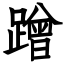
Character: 蹭